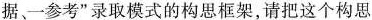
据、一参考”录取模式的构思框架，请把这个构思